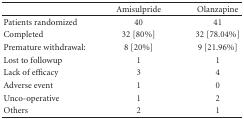
<table><thead><tr><td></td><td><b>Amisulpride</b></td><td><b>Olanzapine</b></td></tr></thead><tbody><tr><td>Patients randomized</td><td>40</td><td>41</td></tr><tr><td>Completed</td><td>32 [80%]</td><td>32 [78.04%]</td></tr><tr><td>Premature withdrawal:</td><td>8 [20%]</td><td>9 [21.96%]</td></tr><tr><td>Lost to followup</td><td>1</td><td>1</td></tr><tr><td>Lack of efficacy</td><td>3</td><td>4</td></tr><tr><td>Adverse event</td><td>1</td><td>0</td></tr><tr><td>Unco-operative</td><td>1</td><td>2</td></tr><tr><td>Others</td><td>2</td><td>1</td></tr></tbody></table>